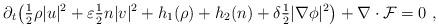
LaTeX: \begin{align*} \partial_t \big( \tfrac{1}{2} \rho |u|^2 + \varepsilon \tfrac{1}{2} n |v|^2 + h_1(\rho) + h_2(n) + \delta \tfrac{1}{2} |\nabla \phi|^2 \big) + \nabla \cdot \mathcal{F} = 0 \ , \end{align*}